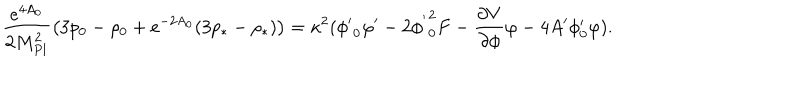
LaTeX: \frac { e ^ { 4 A _ { 0 } } } { 2 M _ { P l } ^ { 2 } } \left( 3 p _ { 0 } - \rho _ { 0 } + e ^ { - 2 A _ { 0 } } ( 3 p _ { * } - \rho _ { * } ) \right) = \kappa ^ { 2 } ( { \phi ^ { \prime } } _ { 0 } \varphi ^ { \prime } - 2 { \phi ^ { ' } } _ { 0 } ^ { 2 } F - \frac { \partial V } { \partial \phi } \varphi - 4 A ^ { \prime } \phi _ { 0 } ^ { \prime } \varphi ) .